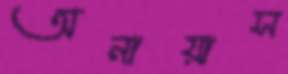
অনায়াস